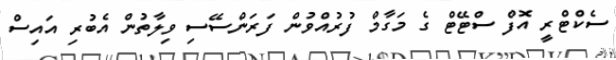
ސެކްޓްރީ އޮފް ސްޓޭޓް ގެ މަގާމް ފުރުއްވުން ފަރަންސޭސި ވިލާތުން އެބުރި އައިސް